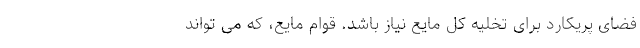
فضای پریکارد برای تخلیه کل مایع نیاز باشد. قوام مایع، که می تواند